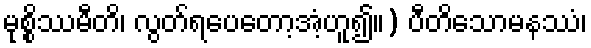
မုစ္စိဿမီတိ၊ လွတ်ရပေတော့အံ့ဟူ၍။) ပီတိသောမနဿံ၊